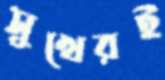
সুখেরই